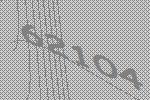
62104